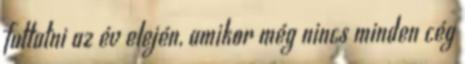
futtatni az év elején, amikor még nincs minden cég